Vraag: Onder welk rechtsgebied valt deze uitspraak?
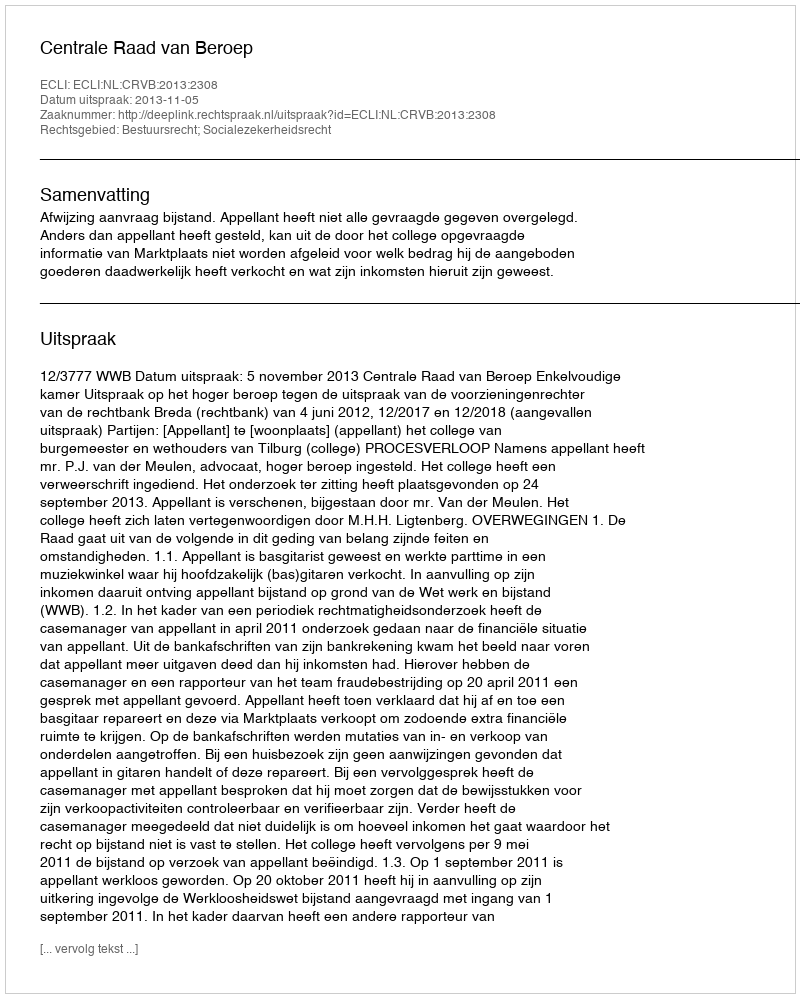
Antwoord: Bestuursrecht; Socialezekerheidsrecht